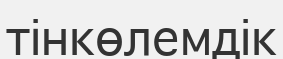
тінкөлемдік